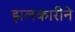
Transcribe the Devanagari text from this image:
झलकारीने